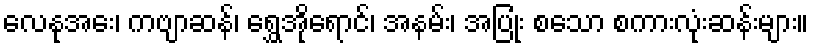
လေနုအေး၊ ကဗျာဆန်၊ ရွှေအိုရောင်၊ အနမ်း၊ အပြုံး စသော စကားလုံးဆန်းများ။